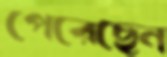
পেরেছেন